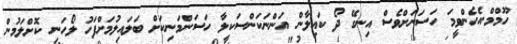
ހޫމްމް.އެހެންވީމަ ހަސަނަށްވެސް އިނގޭ ދޯ ކައިލާން އަންނަކަންސަކީލާ ހަސަންމަނިކަށް ބަލައިލުމަށްފަހު ލޯހަނި ކޮށްލަމުން